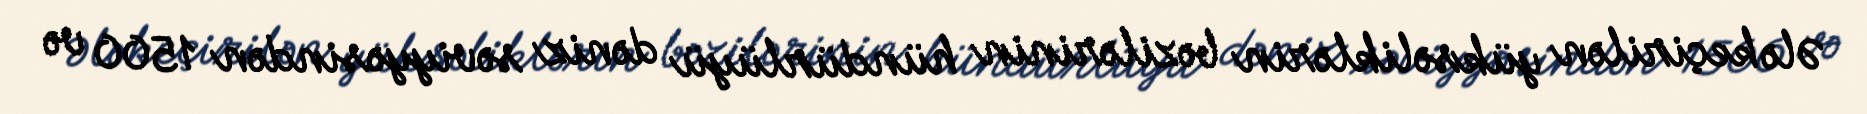
Ələ keçirilən yüksəliklərin bəzilərinin hündürlüyü dəniz səviyyəsindən 1500 və